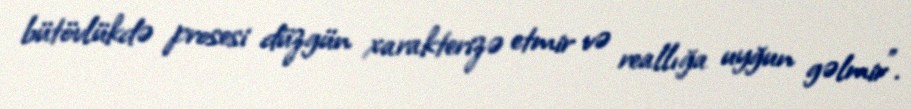
bütövlükdə prosesi düzgün xarakterizə etmir və reallığa uyğun gəlmir”.